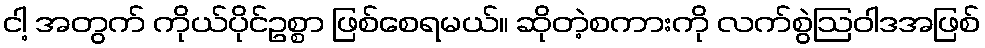
ငါ့ အတွက် ကိုယ်ပိုင်ဥစ္စာ ဖြစ်စေရမယ်။ ဆိုတဲ့စကားကို လက်စွဲဩဝါဒအဖြစ်